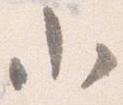
小